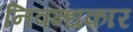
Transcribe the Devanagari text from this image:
निवन्धकार